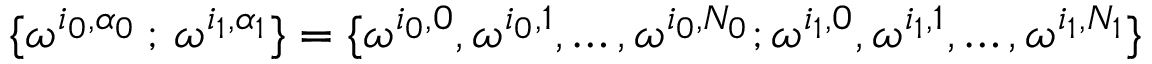
\{ \omega ^ { i _ { 0 } , \alpha _ { 0 } } \, ; \, \omega ^ { i _ { 1 } , \alpha _ { 1 } } \} = \{ \omega ^ { i _ { 0 } , 0 } , \omega ^ { i _ { 0 } , 1 } , \ldots , \omega ^ { i _ { 0 } , N _ { 0 } } ; \omega ^ { i _ { 1 } , 0 } , \omega ^ { i _ { 1 } , 1 } , \ldots , \omega ^ { i _ { 1 } , N _ { 1 } } \}